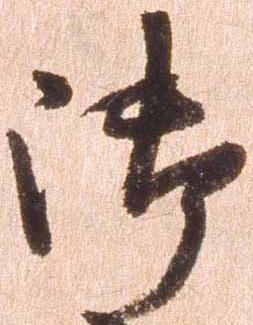
御